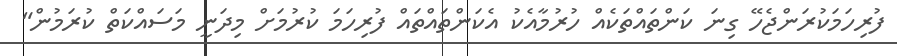
ފުރިހަމަކުރަންޖެހޭ ގިނަ ކަންތައްތަކެއް ހުރުމާއެކު އެކަންތައްތައް ފުރިހަމަ ކުރުމަށް މިދަނީ މަސައްކަތް ކުރަމުން"